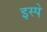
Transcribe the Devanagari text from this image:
इस्पे